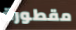
مقطورة